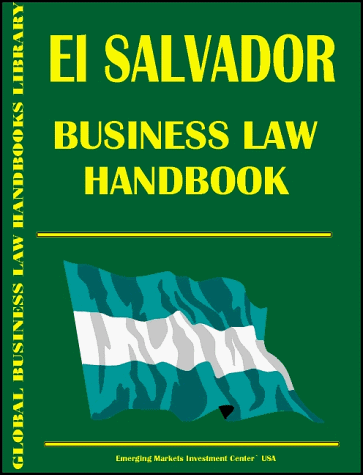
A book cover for El Salvador Business Law Handbook; Ibp Usa; Travel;